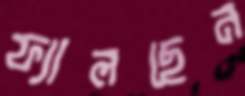
ফ্যালছেন